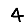
Digit: 4